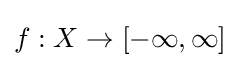
f:X\to [-\infty ,\infty ]